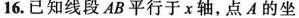
16.已知线段AB平行于x轴，点A的坐